Report on sanitation, dispensaries, and jails in Rajputana for 1916, and on vaccination for the year 1916-1917 - 1916-1917
Year: 1916
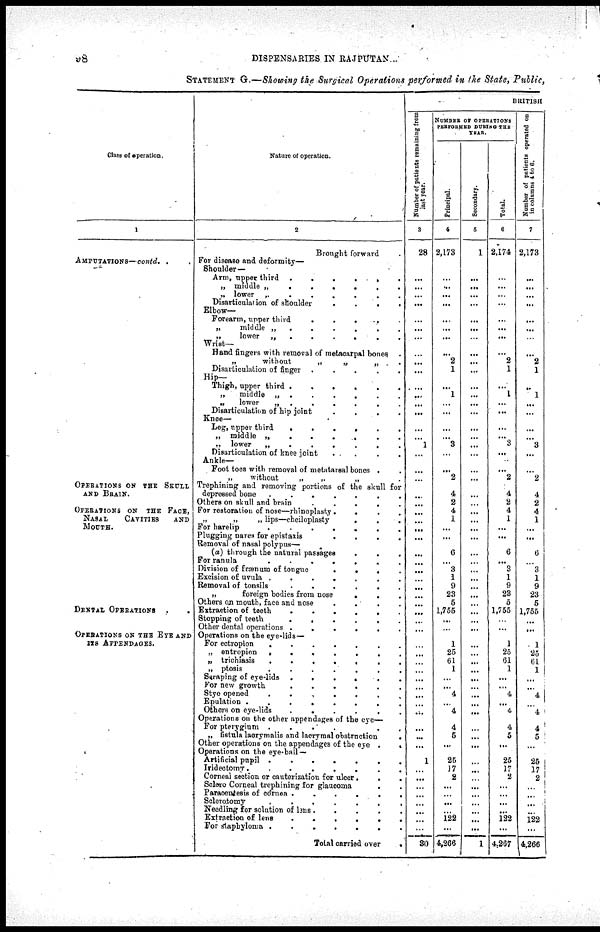
98
DISPENSARIES IN RAJPUTANA.
STATEMENT G.—Showing the Surgical Operations performed in the State, Public,
Class of operation.
1
AMPUTATIONS—contd. .
OPERATIONS ON THE SKULL
AND BRAIN.
OPERATIONS ON THE FACE,
NASAL
CAVITIES
AND
MOUTH.
DENTAL OPERATIONS ..
OPERATIONS ON THE EYE AND
ITS APPENDAGES.
Nature of operation.
2
Brought forward .
For disease and deformity—
Shoulder—
Arm, upper third
......
„ middle „
......
„ lower
„
......
Disarticulation of shoulder
....
Elbow—
Forearm, upper third
.....
„
middle „
......
„
lower „
.
.
.
.
.
Wrist—
Hand fingers with removal of metacarpal bones .
„
without
„
„
„
Disarticulation of finger .
.
.
.
.
Hip—
Thigh, upper third
......
„
middle „
......
„
lower
„
......
Disarticulation of hip joint
....
Knee—
Leg, upper third
......
„ middle „
......
„ lower
„
......
Disarticulation of knee joint
.
.
.
.
Ankle—
Foot toes with removal of metatarsal bones .
„
without
„
„
„ .
Trephining and removing portions of the skull for
depressed bone
.......
Others on skull and brain
.
.
.
.
.
For restoration of nose—rhinoplasty....
„
„
„ lips—cheiloplasty
...
For harelip
.......
Plugging nares for epistaxis
....
Removal of nasal polypus—
(a) through the natural passages
...
For ranula
.......
Division of frænum of tongue
....
Excision of uvula
.......
Removal of tonsils
......
„
foreign bodies from nose
...
Others on mouth, face and nose
....
Extraction of teeth
......
Stopping of teeth
......
Other dental operations
......
Operations on the eye-lids—
For ectropion
.......
„ entropion
.......
„ trichiasis
.......
„ ptosis
.......
Scraping of eye-lids
......
For new growth
......
Stye opened
......
Epulation
........
Others on eye-lids
......
Operations on the other appendages of the eye—
For pterygium
......
„ fistula lacrymalis and lacrymal obstruction
.
Other operations on the appendages of the eye
..
Operations on the eye-ball —
Artificial pupil
.......
Iridectomy........
Corneal section or cauterization for ulcer...
Sclero Corneal trephining for glaucoma
..
Paracentesis of cornea
......
Sclerotomy
.......
Needling for solution of bus
.
.
.
.
.
Extraction of lens
......
For staphyloma
.......
Total carried over
.
BRITISH
Number of patients remaining from
last year.
3
28
...
...
...
...
...
...
...
...
...
...
...
...
...
...
...
...
1
...
...
...
...
...
...
...
...
...
...
...
...
...
...
...
...
...
...
...
...
...
...
...
...
...
...
...
...
...
...
...
1
...
...
...
...
...
...
...
...
30
NUMBER OF OPERATIONS
PERFORMED DURING THE
YEAR.
Principal.
4
2,173
...
...
...
...
...
...
...
...
2
1
...
1
...
...
...
...
3
...
...
2
4
2
4
1
...
...
6
...
3
1
9
23
5
1,755
...
...
1
25
61
1
...
...
4
...
4
4
5
...
25
17
2
...
...
...
...
122
...
4,266
Secondary.
5
1
...
...
...
...
...
...
...
...
...
...
...
...
...
...
...
...
...
...
...
...
...
...
...
...
...
...
...
...
...
...
...
...
...
...
...
...
...
...
...
...
...
...
...
...
...
...
...
...
...
...
...
...
...
...
...
...
...
1
Total.
6
2,174
...
...
...
...
...
...
...
...
2
1
...
1
...
...
...
...
3
...
...
2
4
2
4
1
...
...
6
...
3
1
9
23
5
1,755
...
...
1
25
61
1
...
...
4
... 4
4
5
...
25
17
2
...
...
...
...
122
...
4,267
Number of patients operated on
in columns 4 to 6.
7
2,173
...
...
...
...
...
...
...
...
2
1
...
1
...
...
...
...
3
...
...
2
4
2
4
1
...
...
6
...
3
1
9
23
5
1,755
...
...
1
25
61
1
...
...
4
...
4
4
5
...
25
17
2
...
...
...
...
122
...
4,266